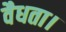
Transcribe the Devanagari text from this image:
वैधता।